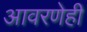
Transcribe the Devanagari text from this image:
आवरणेही